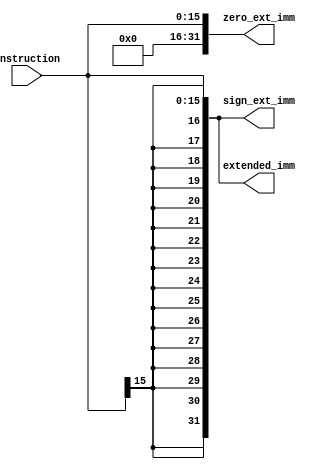
module ImmediateExtension(
    input wire [15:0] instruction,
    output reg [31:0] sign_ext_imm,
    output reg [31:0] zero_ext_imm,
    output reg [31:0] extended_imm
);
    always @(*) begin
        sign_ext_imm = { {16{instruction[15]}}, instruction };
        zero_ext_imm = { 16'b0, instruction };
        // Use appropriate extension based on control signals if needed
        extended_imm = sign_ext_imm;  // Example assignment
    end
endmodule